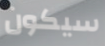
سيكون